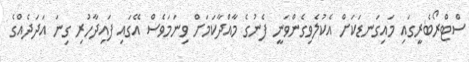
ސްޓްރޯބެރީގައި މައިގަނޑަކަށް އެކުލެވިގެންވަނީ ފެނުގެ މާއްދާކަމަށް ވިނަމަވެސް އޭގައި ފައިދާހުރި ގިނަ އަދަދެއްގެ